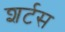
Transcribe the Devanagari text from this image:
शर्टस